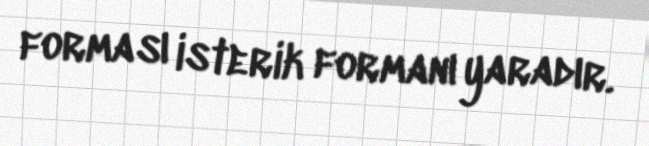
forması isterik formanı yaradır.